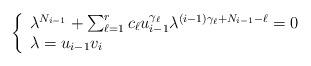
LaTeX: \begin{align*}\left\{\begin{array}{l}\lambda^{N_{i-1}}+\sum_{\ell=1}^{r} c_\ell u_{i-1}^{\gamma_\ell}\lambda^{(i-1)\gamma_\ell+N_{i-1}-\ell}=0 \\\lambda=u_{i-1}v_{i}\end{array}\right.\end{align*}